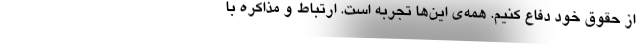
از حقوق خود دفاع کنیم. همه‌ی این‌ها تجربه است. ارتباط و مذاکره با